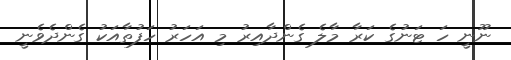
ނޫނީ ހަ ޓަނުގެ ކަރާ މާލެ ގެންދާއިރު މި އަހަރު ހަފުތާއަކު ގެންދެވެނީ